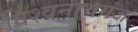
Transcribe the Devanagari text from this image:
विश्‍वनाथगंज